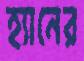
হ্যানের